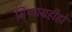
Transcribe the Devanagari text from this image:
मिथ्याग्रहीहो